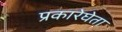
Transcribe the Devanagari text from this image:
प्रकारेघेता